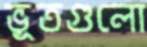
ভূতগুলো